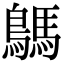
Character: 鷌